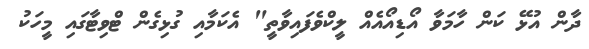
ދާން އުޅޭ ކަން ހާމަވާ އޯޑިއޯއެއް ލީކްވެފައިވާތީ" އެކަމާއި ގުޅިގެން ޓްވިޓާގައި މީހަކު